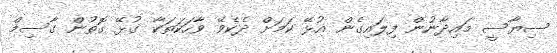
ސިޔާސީ މައިދާނުން ފިލައިގެން އުޅޭ ކަމަށް ދެކެވޭ ވާހަކަތަކާ ގުޅޭ ގޮތުން ގާސިމް